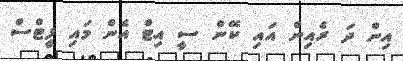
އިން ދަ ރެއިން އައި ކޭން ސީ އިޓް އެން މައި ފީޓްސް